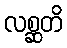
လစ္ဆတိ